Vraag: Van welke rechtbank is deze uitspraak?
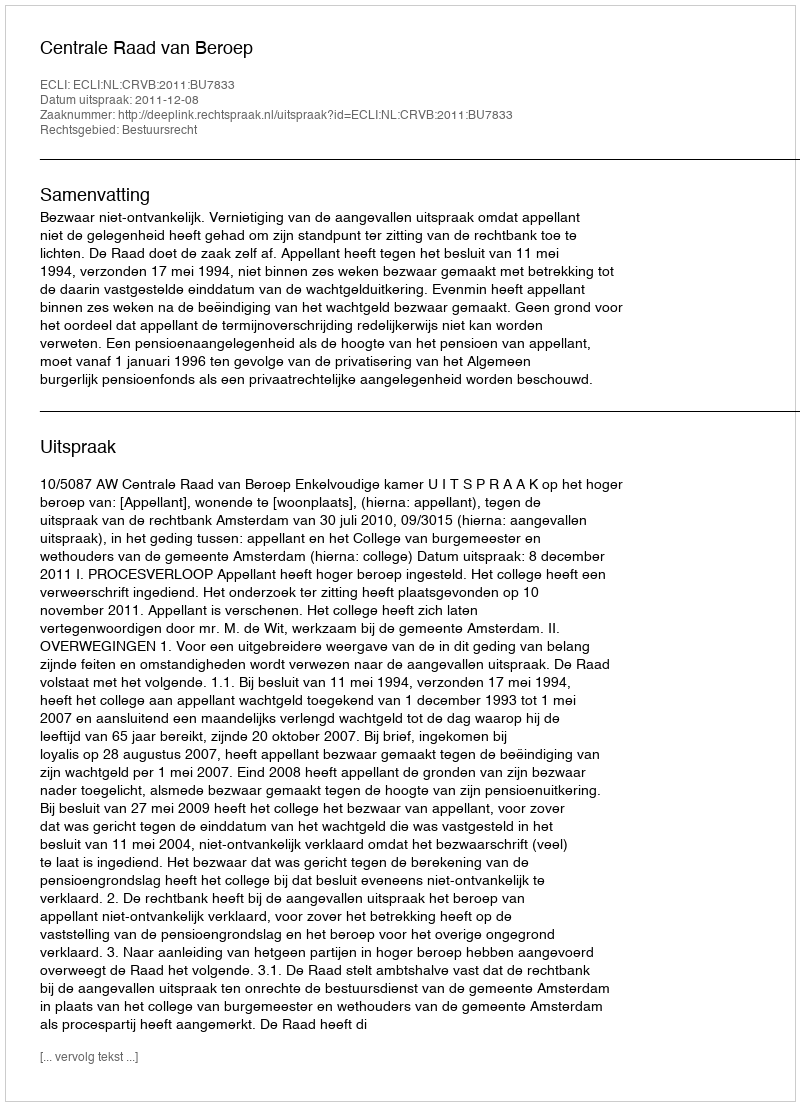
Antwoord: Centrale Raad van Beroep